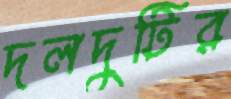
দলদুটির